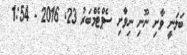
ބަލަނީ ވާށި ނޫނި ނިވާށި ސެޕްޓެމްބަރު 23